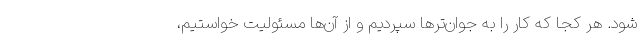
‌شود. هر کجا که کار را به جوان‌ترها سپردیم و از آن‌ها مسئولیت خواستیم،